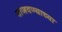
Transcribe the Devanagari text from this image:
वाजवण्याच्या